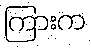
ကြားက